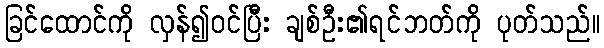
ခြင်ထောင်ကို လှန်၍ဝင်ပြီး ချစ်ဦး၏ရင်ဘတ်ကို ပုတ်သည်။